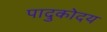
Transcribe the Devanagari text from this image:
पादुकोदय